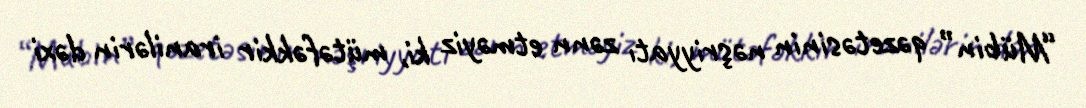
“Mübin” qəzetəsinin nəşriyyatı zənn etməyiz ki, mütəfəkkir iranilərin dəxi